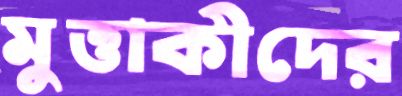
মুত্তাকীদের